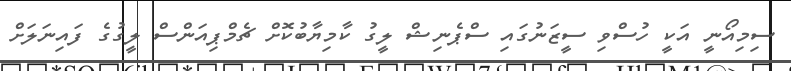
ސިމިއޯނީ އަކީ ހުސްވި ސީޒަނުގައި ސްޕެނިޝް ލީގު ކާމިޔާބުކޮށް ޗެމްޕިއަންސް ލީގުގެ ފައިނަލަށް